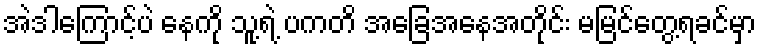
အဲဒါကြောင့်ပဲ နေကို သူ့ရဲ့ ပကတိ အခြေအနေအတိုင်း မမြင်တွေ့ရခင်မှာ